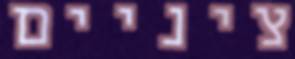
ציניים